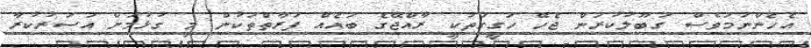
އެހެންނަމަވެސް ގަބޫލުކުރަން ޖެހޭ ހަގީގަތަކީ ރާއްޖޭގެ ބައެއް ފަރާތްތަކުން މި ގުޅުމަށް އަސަރުކުރާ